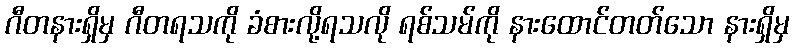
ဂီတနားရှိမှ ဂီတရသကို ခံစားလို့ရသလို ရစ်သမ်ကို နားထောင်တတ်သော နားရှိမှ